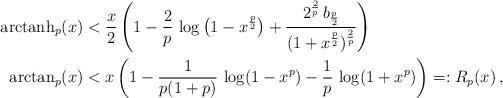
LaTeX: \begin{align*} {\rm arctanh}_p(x) &< \frac x2 \left( 1 - \frac2p\, \log\big(1-x^{\frac p2}\big) + \frac{2^{\frac2p}\,b_{\frac p2}}{(1+x^{\frac p2})^{\frac2p}}\right)\\ {\rm arctan}_p(x) &< x\left( 1- \frac1{p(1+p)}\, \log(1-x^p) - \frac1p\,\log (1+x^p) \right) =: R_p(x)\, , \end{align*}